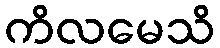
ကိလမေသိ